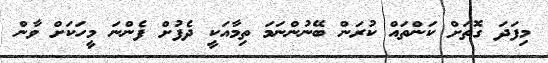
މިފަދަ ގޮތަށް ކަންތައް ކުރަން ބޭނުންނަމަ ތިމާއަކީ ދެފުށް ފެންނަ މީހަކަށް ވާން